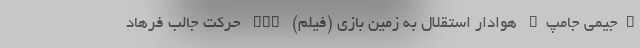
"جیمی جامپ" هوادار استقلال به زمین بازی (فیلم) nan حرکت جالب فرهاد